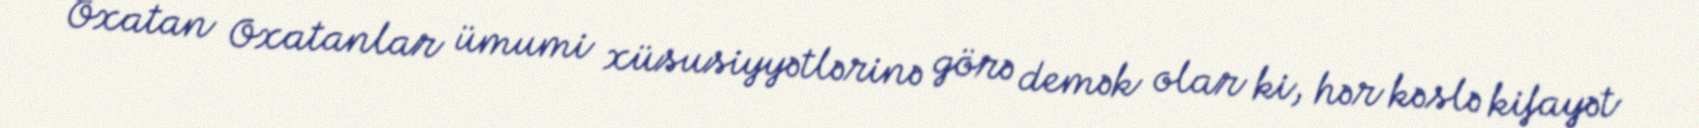
Oxatan Oxatanlar ümumi xüsusiyyətlərinə görə demək olar ki, hər kəslə kifayət